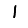
Digit: 1